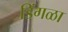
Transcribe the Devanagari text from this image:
डिंगळा